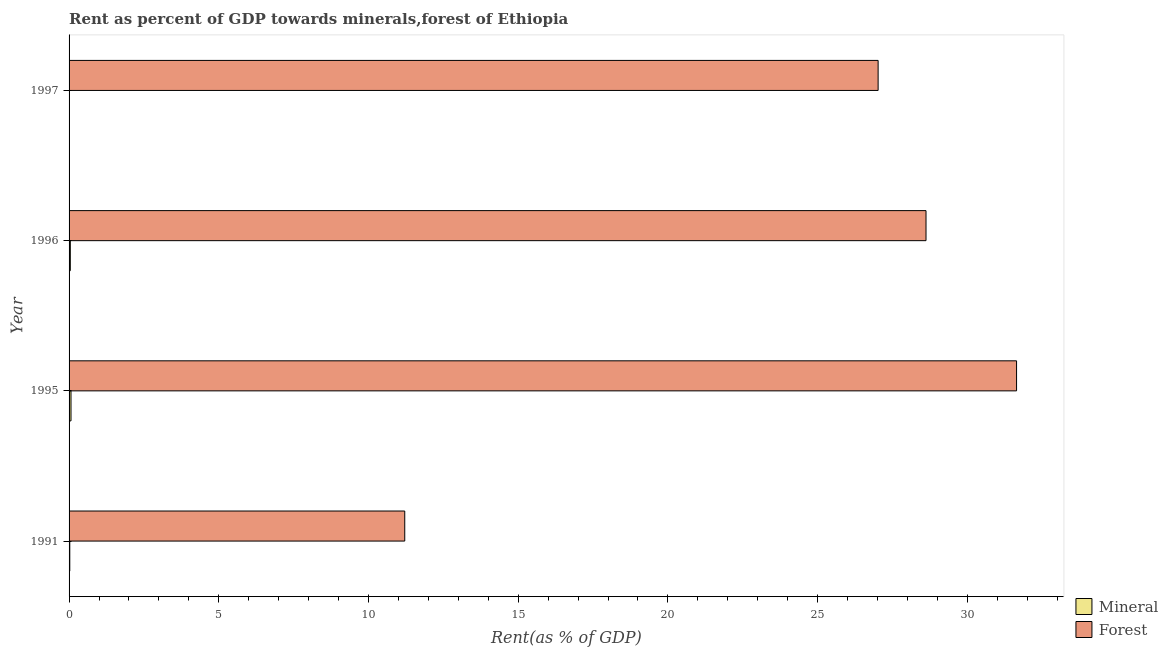
| Year | Mineral | Forest |
 | --- | --- | --- |
 | 1991 | 0.0239 | 11.2 |
 | 1995 | 0.0642 | 31.6 |
 | 1996 | 0.0416 | 28.6 |
 | 1997 | 0.00424 | 27 |